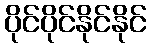
ပိုင်ပိုင်နိုင်နိုင်